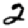
Digit: 2